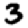
Digit: 3